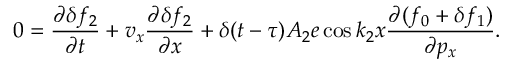
0 = \frac { \partial \delta f _ { 2 } } { \partial t } + v _ { x } \frac { \partial \delta f _ { 2 } } { \partial x } + \delta ( t - \tau ) A _ { 2 } e \cos k _ { 2 } x \frac { \partial ( f _ { 0 } + \delta f _ { 1 } ) } { \partial p _ { x } } .